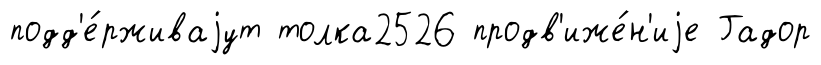
подд'е́рживаjут толка2526 продв'иже́н'иjе Гадор